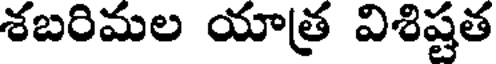
శబరిమల యాత్ర విశిష్టత